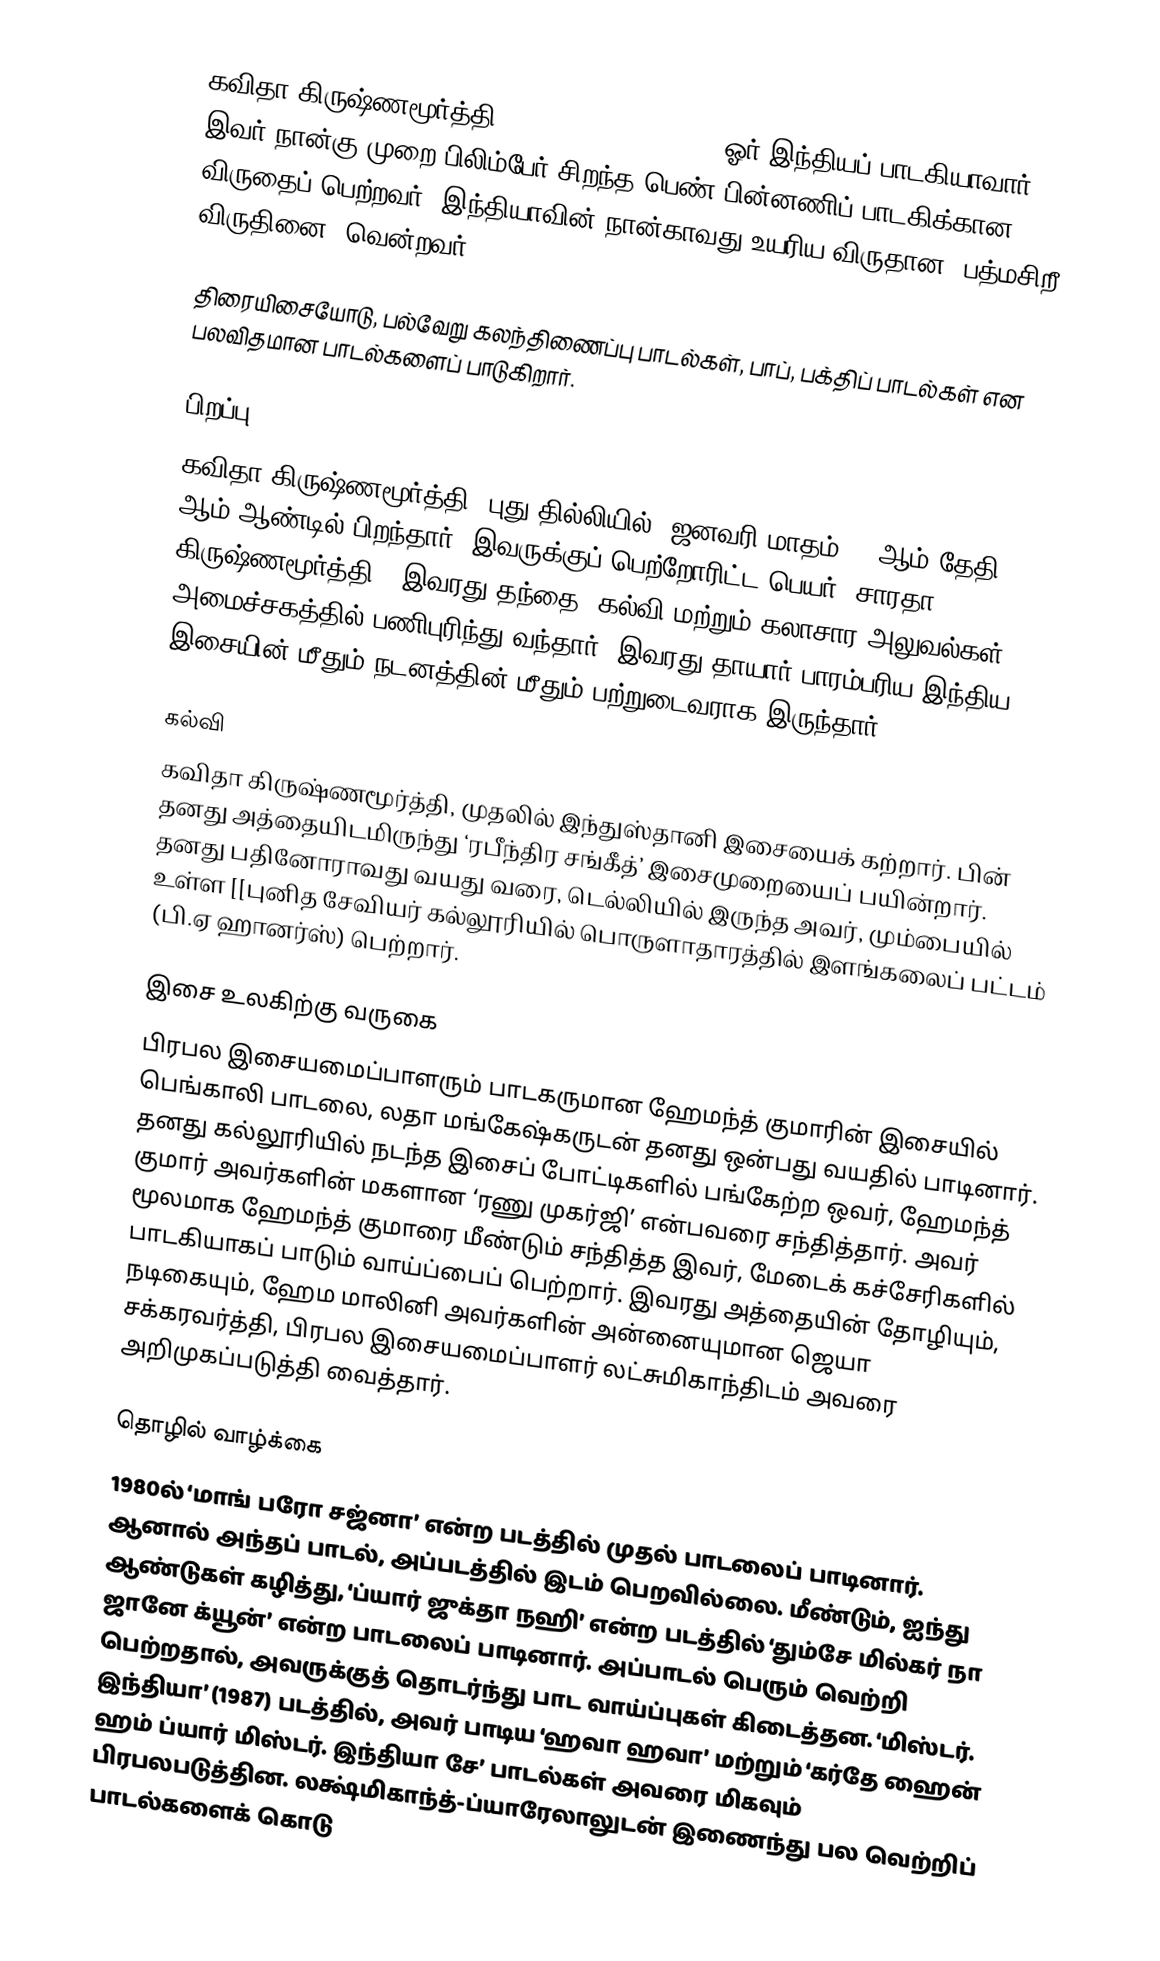
கவிதா கிருஷ்ணமூர்த்தி (Kavita Krishnamurti) ஓர் இந்தியப் பாடகியாவார். இவர் நான்கு முறை பிலிம்பேர் சிறந்த பெண் பின்னணிப் பாடகிக்கான விருதைப் பெற்றவர். இந்தியாவின் நான்காவது உயரிய விருதான ‘பத்மசிறீ விருதினை’ வென்றவர்.

திரையிசையோடு, பல்வேறு கலந்திணைப்பு பாடல்கள், பாப், பக்திப் பாடல்கள் என பலவிதமான பாடல்களைப் பாடுகிறார்.

பிறப்பு
கவிதா கிருஷ்ணமூர்த்தி, புது தில்லியில், ஜனவரி மாதம் 25 ஆம் தேதி, 1958 ஆம் ஆண்டில் பிறந்தார். இவருக்குப் பெற்றோரிட்ட பெயர் ‘சாரதா கிருஷ்ணமூர்த்தி’. இவரது தந்தை, கல்வி மற்றும் கலாசார அலுவல்கள் அமைச்சகத்தில் பணிபுரிந்து வந்தார், இவரது தாயார் பாரம்பரிய இந்திய இசையின் மீதும் நடனத்தின் மீதும் பற்றுடைவராக இருந்தார்.

கல்வி
கவிதா கிருஷ்ணமூர்த்தி, முதலில் இந்துஸ்தானி இசையைக் கற்றார். பின் தனது அத்தையிடமிருந்து ‘ரபீந்திர சங்கீத்’ இசைமுறையைப் பயின்றார்.  தனது பதினோராவது வயது வரை, டெல்லியில் இருந்த அவர், மும்பையில் உள்ள [[புனித சேவியர் கல்லூரியில் பொருளாதாரத்தில் இளங்கலைப் பட்டம் (பி.ஏ ஹானர்ஸ்) பெற்றார்.

இசை உலகிற்கு வருகை
பிரபல இசையமைப்பாளரும் பாடகருமான ஹேமந்த் குமாரின் இசையில் பெங்காலி பாடலை,  லதா மங்கேஷ்கருடன் தனது ஒன்பது வயதில் பாடினார். தனது கல்லூரியில் நடந்த இசைப் போட்டிகளில் பங்கேற்ற ஒவர், ஹேமந்த் குமார் அவர்களின் மகளான ‘ரணு முகர்ஜி’ என்பவரை சந்தித்தார். அவர் மூலமாக ஹேமந்த் குமாரை மீண்டும் சந்தித்த இவர், மேடைக் கச்சேரிகளில் பாடகியாகப் பாடும் வாய்ப்பைப் பெற்றார். இவரது அத்தையின் தோழியும், நடிகையும், ஹேம மாலினி அவர்களின் அன்னையுமான ஜெயா சக்கரவர்த்தி, பிரபல இசையமைப்பாளர் லட்சுமிகாந்திடம் அவரை அறிமுகப்படுத்தி வைத்தார்.

தொழில் வாழ்க்கை
1980ல் ‘மாங் பரோ சஜ்னா’ என்ற படத்தில் முதல் பாடலைப் பாடினார். ஆனால் அந்தப் பாடல், அப்படத்தில் இடம் பெறவில்லை. மீண்டும், ஐந்து ஆண்டுகள் கழித்து, ‘ப்யார் ஜுக்தா நஹி’ என்ற படத்தில் ‘தும்சே மில்கர் நா ஜானே க்யூன்’ என்ற பாடலைப் பாடினார். அப்பாடல் பெரும் வெற்றி பெற்றதால், அவருக்குத் தொடர்ந்து பாட வாய்ப்புகள் கிடைத்தன. ‘மிஸ்டர். இந்தியா’ (1987) படத்தில், அவர் பாடிய ‘ஹவா ஹவா’ மற்றும் ‘கர்தே ஹைன் ஹம் ப்யார் மிஸ்டர். இந்தியா சே’ பாடல்கள் அவரை மிகவும் பிரபலபடுத்தின. லக்ஷ்மிகாந்த்-ப்யாரேலாலுடன் இணைந்து பல வெற்றிப் பாடல்களைக் கொடு